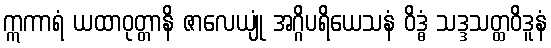
ဣကာရံ ယထာဝုတ္တာနိ ဇာလေယျုံ အဂ္ဂိပရိယေသနံ ဝိဒ္ဓံ သဒ္ဒသတ္ထဝိဒူနံ